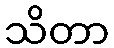
သိတာ